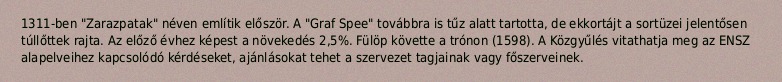
1311-ben "Zarazpatak" néven említik először. A "Graf Spee" továbbra is tűz alatt tartotta, de ekkortájt a sortüzei jelentősen túllőttek rajta. Az előző évhez képest a növekedés 2,5%. Fülöp követte a trónon (1598). A Közgyűlés vitathatja meg az ENSZ alapelveihez kapcsolódó kérdéseket, ajánlásokat tehet a szervezet tagjainak vagy főszerveinek.